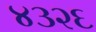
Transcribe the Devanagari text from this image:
४३२६